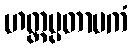
ဟတ္ထပ္ပတာပကံ